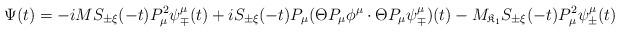
LaTeX: \begin{align*} \Psi(t) = -iM S_{\pm\xi}(-t) P_\mu^2 \psi_{\mp}^\mu(t) + i S_{\pm\xi}(-t) P_\mu ( \Theta P_\mu \phi^\mu \cdot \Theta P_\mu \psi_{\mp}^\mu)(t) - M_{\mathfrak K_1} S_{\pm\xi}(-t) P_\mu^2 \psi_\pm^\mu(t)\end{align*}